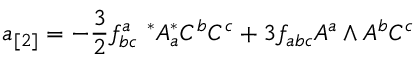
a _ { [ 2 ] } = - { \frac { 3 } { 2 } } f _ { b c } ^ { a } \ ^ { * } A _ { a } ^ { * } C ^ { b } C ^ { c } + 3 f _ { a b c } A ^ { a } \wedge A ^ { b } C ^ { c }